Problem: 48 - 1 = ?
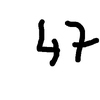
Handwritten answer: 47